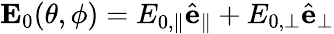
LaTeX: \mathbf{E}_{0}(\theta,\phi)=E_{0,\parallel}\hat{\mathbf{e}}_{\parallel}+E_{0,\perp}\hat{\mathbf{e}}_{\perp}